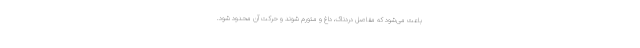
باعث می‌شود که مفاصل دردناک، داغ و متورم شوند و حرکت آن محدود شود.